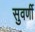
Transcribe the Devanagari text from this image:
सुवर्णी